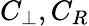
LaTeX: C_{\perp},C_{R}